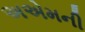
અએમની